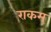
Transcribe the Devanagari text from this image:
राकम